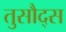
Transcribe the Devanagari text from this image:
तुसौद्स